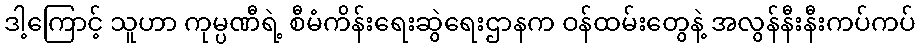
ဒါ့ကြောင့် သူဟာ ကုမ္ပဏီရဲ့ စီမံကိန်းရေးဆွဲရေးဌာနက ဝန်ထမ်းတွေနဲ့ အလွန်နီးနီးကပ်ကပ်